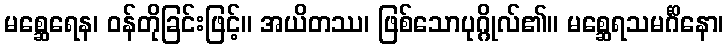
မစ္ဆေရေန၊ ဝန်တိုခြင်းဖြင့်။ အယိတဿ၊ ဖြစ်သောပုဂ္ဂိုလ်၏။ မစ္ဆေရသမင်္ဂိနော၊